Indian journal of veterinary science and animal husbandry - Volume 3,
Year: 1933
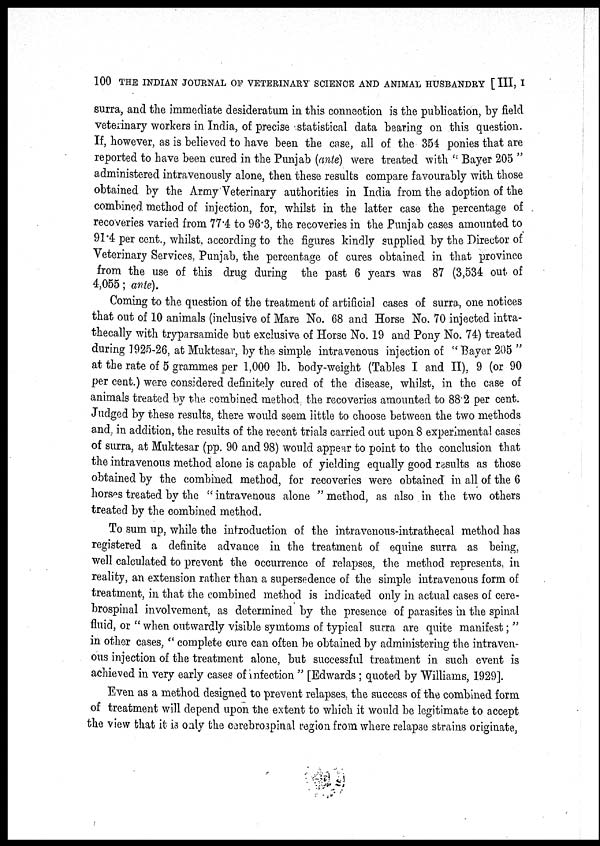
100 THE INDIAN JOURNAL OF VETERINARY SCIENCE AND ANIMAL HUSBANDRY [III, I
surra, and the immediate desideratum in this connection is the publication, by field
veterinary workers in India, of precise statistical data bearing on this question.
If, however, as is believed to have been the case, all of the 354 ponies that are
reported to have been cured in the Punjab (ante) were treated with " Bayer 205 "
administered intravenously alone, then these results compare favourably with those
obtained by the Army Veterinary authorities in India from the adoption of the
combined method of injection, for, whilst in the latter case the percentage of
recoveries varied from 77.4 to 96.3, the recoveries in the Punjab cases amounted to
91.4 per cent., whilst, according to the figures kindly supplied by the Director of
Veterinary Services, Punjab, the percentage of cures obtained in that province
from the use of this drug during the past 6 years was 87 (3,534 out of
4,055; ante).
Coming to the question of the treatment of artificial cases of surra, one notices
that out of 10 animals (inclusive of Mare No. 68 and Horse No. 70 injected intra¬
thecally with tryparsamide but exclusive of Horse No. 19 and Pony No. 74) treated
during 1925-26, at Muktesar, by the simple intravenous injection of " Bayer 205 "
at the rate of 5 grammes per 1,000 lb. body-weight (Tables I and II), 9 (or 90
per cent.) were considered definitely cured of the disease, whilst, in the case of
animals treated by the combined method, the recoveries amounted to 88.2 per cent.
Judged by these results, there would seem little to choose between the two methods
and, in addition, the results of the recent trials carried out upon 8 experimental cases
of surra, at Muktesar (pp. 90 and 98) would appear to point to the conclusion that
the intravenous method alone is capable of yielding equally good results as those
obtained by the combined method, for recoveries were obtained in all of the 6
horses treated by the " intravenous alone " method, as also in the two others
treated by the combined method.
To sum up, while the introduction of the intravenous-intrathecal method has
registered a definite advance in the treatment of equine surra as being,
well calculated to prevent the occurrence of relapses, the method represents, in
reality, an extension rather than a supersedence of the simple intravenous form of
treatment, in that the combined method is indicated only in actual cases of cere-
brospinal involvement, as determined by the presence of parasites in the spinal
fluid, or " when outwardly visible symtoms of typical surra are quite manifest; "
in other cases, " complete cure can often be obtained by administering the intraven-
ous injection of the treatment alone, but successful treatment in such event is
achieved in very early cases of infection " [Edwards ; quoted by Williams, 1929].
Even as a method designed to prevent relapses, the success of the combined form
of treatment will depend upon the extent to which it would be legitimate to accept
the view that it is only the cerebrospinal region from where relapse strains originate,